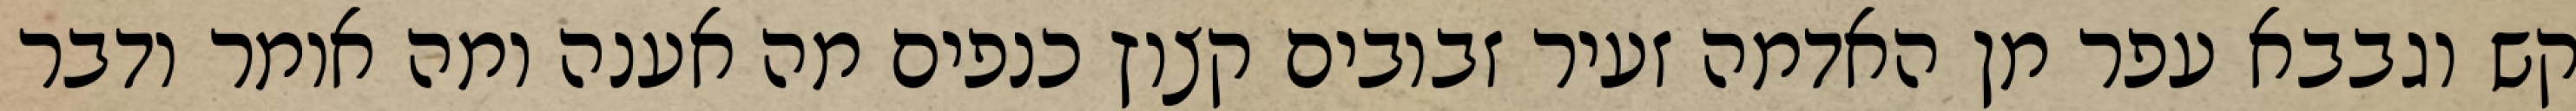
קש וגבבא עפר מן האדמה זעיר זבובים קצוץ כנפים מה אענה ומה אומר ודבר